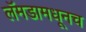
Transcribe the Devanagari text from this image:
लॅमडामधूनच